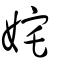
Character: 姹